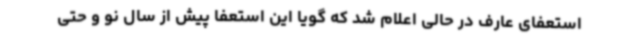
استعفای عارف در حالی اعلام شد که گویا این استعفا پیش از سال نو و حتی